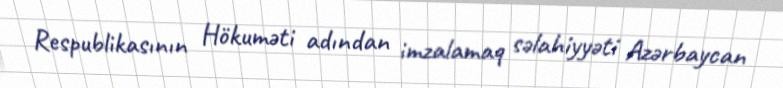
Respublikasının Hökuməti adından imzalamaq səlahiyyəti Azərbaycan